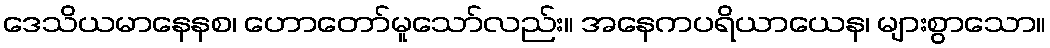
ဒေသိယမာနေနစ၊ ဟောတော်မူသော်လည်း။ အနေကပရိယာယေန၊ များစွာသော။